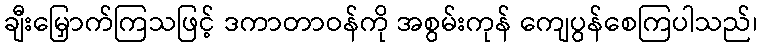
ချီးမြှောက်ကြသဖြင့် ဒကာတာဝန်ကို အစွမ်းကုန် ကျေပွန်စေကြပါသည်၊